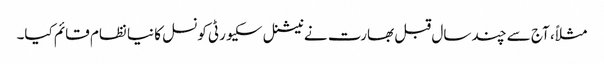
مثلاً، آج سے چند سال قبل بھارت نے نیشنل سکیورٹی کونسل کا نیا نظام قائم کیا۔